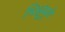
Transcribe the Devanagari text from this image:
भिक्षूंमुळे